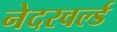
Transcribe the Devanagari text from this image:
नेदरवर्ल्ड